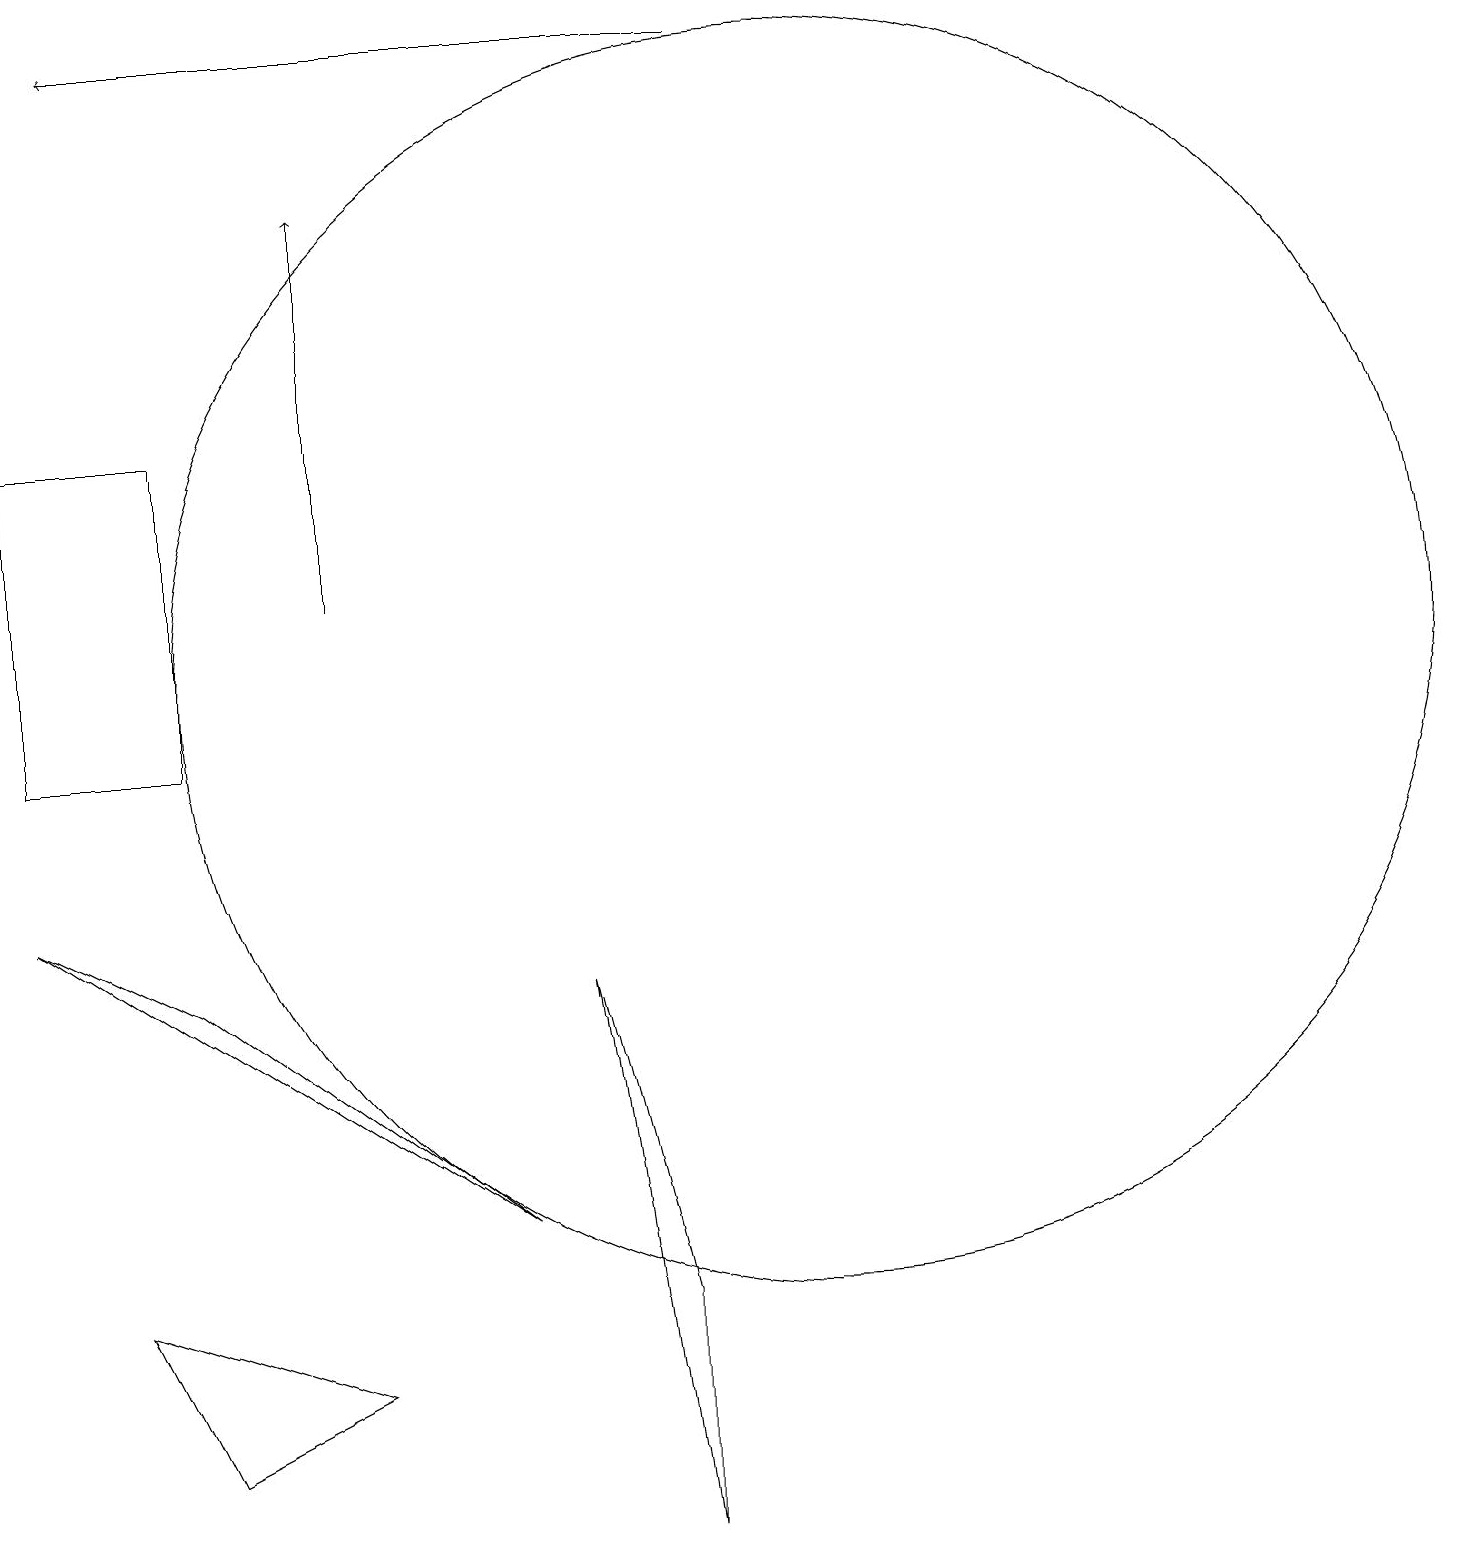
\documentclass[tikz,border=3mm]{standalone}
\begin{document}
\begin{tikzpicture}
\draw (2,7) -- (0,8) -- (6,4) -- cycle;
\draw[->] (9,19) -- (1,19);
\draw (7,7) -- (8,0) -- (8,3) -- cycle;
\draw (0,10) rectangle (2,14);
\draw[->] (4,12) -- (4,17);
\draw (10,11) circle (8);
\draw (1,3) -- (4,2) -- (2,1) -- cycle;
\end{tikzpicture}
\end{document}